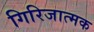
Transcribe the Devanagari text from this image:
गिरिजात्मक